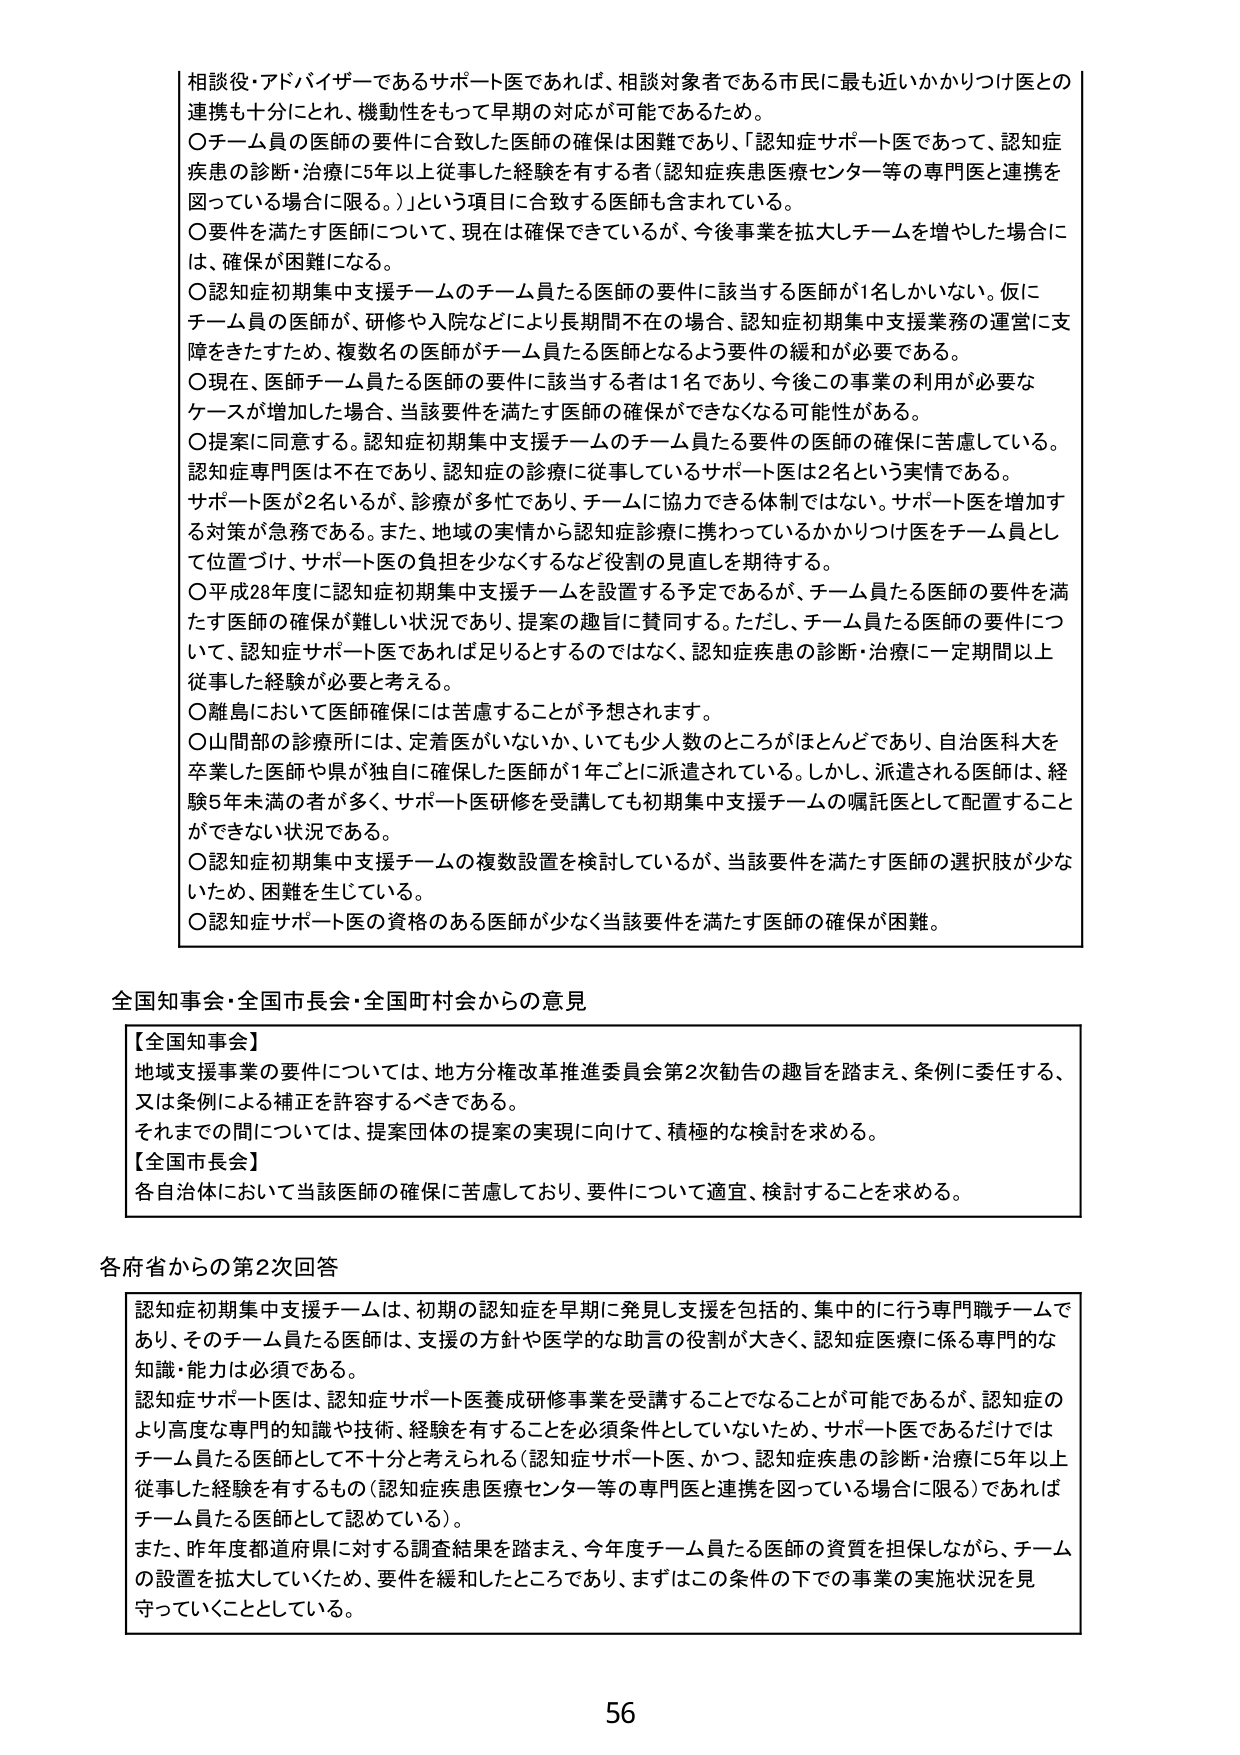
相談役・アドバイザーであるサポート医であれば、相談対象者である市民に最も近いかかりつけ医との連携も十分にとれ、機動性をもって早期の対応が可能であるため。

○チーム員の医師の要件に合致した医師の確保は困難であり、「認知症サポート医であって、認知症疾患の診断・治療に5年以上従事した経験を有する者（認知症疾患医療センター等の専門医と連携を図っている場合に限る。）」という項目に合致する医師も含まれている。

○要件を満たす医師について、現在は確保できているが、今後事業を拡大しチームを増やした場合には、確保が困難になる。

○認知症初期集中支援チームのチーム員たる医師の要件に該当する医師が1名しかいない。仮にチーム員の医師が、研修や入院などにより長期間不在の場合、認知症初期集中支援業務の運営に支障をきたすため、複数名の医師がチーム員たる医師となるよう要件の緩和が必要である。

○現在、医師チーム員たる医師の要件に該当する者は1名であり、今後の事業の利用が必要なケースが増加した場合、当該要件を満たす医師の確保ができなくなる可能性がある。

○提案に同意する。認知症初期集中支援チームのチーム員たる要件の医師の確保に苦慮している。認知症専門医は不在であり、認知症の診療に従事しているサポート医は2名という実情である。サポート医が2名いるが、診療が多忙であり、チームに協力できる体制ではない。サポート医を増加する対策が急務である。また、地域の実情から認知症診療に携わっているかかりつけ医をチーム員として位置づけ、サポート医の負担を少なくするなど役割の見直しを期待する。

○平成28年度に認知症初期集中支援チームを設置する予定であるが、チーム員たる医師の要件を満たす医師の確保が難しい状況であり、提案の趣旨に賛同する。ただし、チーム員たる医師の要件について、認知症サポート医であれば足りるとするのではなく、認知症疾患の診断・治療に一定期間以上従事した経験が必要と考える。

○離島において医師確保には苦慮することが予想されます。

○山間部の診療所には、定着医がいないか、いても少人数のところがほとんどであり、自治医科大学を卒業した医師や県が独自に確保した医師が1年ごとに派遣されている。しかし、派遣される医師は、経験5年未満の者が多く、サポート医研修を受講しても初期集中支援チームの嘱託医として配置することができない状況である。

○認知症初期集中支援チームの複数設置を検討しているが、当該要件を満たす医師の選択肢が少ないため、困難を生じている。

○認知症サポート医の資格のある医師が少なく当該要件を満たす医師の確保が困難。

全国知事会・全国市長会・全国町村会からの意見

【全国知事会】
地域支援事業の要件については、地方分権改革推進委員会第2次勧告の趣旨を踏まえ、条例に委任する、又は条例による補正を許容するべきである。
それまでの間については、提案団体の提案の実現に向けて、積極的な検討を求める。

【全国市長会】
各自治体において当該医師の確保に苦慮しており、要件について適宜、検討することを求める。

各府省からの第2次回答

認知症初期集中支援チームは、初期の認知症を早期に発見し支援を包括的、集中的に行う専門職チームであり、そのチーム員たる医師は、支援の方針や医学的な助言の役割が大きく、認知症医療に係る専門的な知識・能力は必須である。

認知症サポート医は、認知症サポート医養成研修事業を受講することであることが可能であるが、認知症のより高度な専門的知識や技術、経験を有することを必須条件としていないため、サポート医であるだけではチーム員たる医師として不十分と考えられる（認知症サポート医、かつ、認知症疾患の診断・治療に5年以上従事した経験を有するもの（認知症疾患医療センター等の専門医と連携を図っている場合に限る）であればチーム員たる医師として認めている）。

また、昨年度都道府県に対する調査結果を踏まえ、今年度チーム員たる医師の資質を担保しながら、チームの設置を拡大していくため、要件を緩和したところであり、まずはこの条件の下での事業の実施状況を見守っていくこととしている。

56